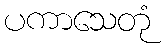
ပကာသေတုံ